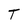
Character: T